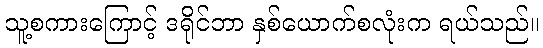
သူ့စကားကြောင့် ဒရိုင်ဘာ နှစ်ယောက်စလုံးက ရယ်သည်။